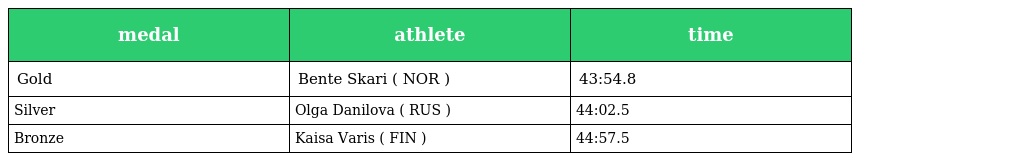
| medal | athlete | time |
 | --- | --- | --- |
 | Gold | Bente Skari ( NOR ) | 43:54.8 |
 | Silver | Olga Danilova ( RUS ) | 44:02.5 |
 | Bronze | Kaisa Varis ( FIN ) | 44:57.5 |